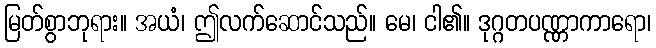
မြတ်စွာဘုရား။ အယံ၊ ဤလက်ဆောင်သည်။ မေ၊ ငါ၏။ ဒုဂ္ဂတပဏ္ဏာကာရော၊